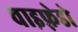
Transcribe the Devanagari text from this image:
वाइफ़्रेडो